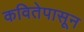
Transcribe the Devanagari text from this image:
कवितेपासून